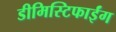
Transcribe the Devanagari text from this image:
डीमिस्टिफाईंग